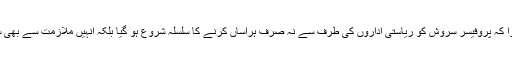
کچھ ہی عرصہ گزرا کہ پروفیسر سروش کو ریاستی اداروں کی طرف سے نہ صرف ہراساں کرنے کا سلسلہ شروع ہو گیا بلکہ انہیں ملازمت سے بھی سبگدوش کر دیا گیا۔